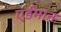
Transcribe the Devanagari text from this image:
एर्डमान